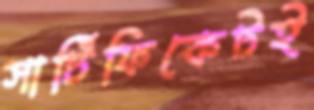
সার্টিফিকেটই